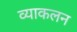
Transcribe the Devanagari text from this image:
व्याकलन